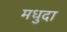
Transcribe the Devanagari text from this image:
मधुदा